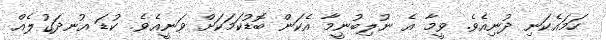
ހަމައެކަނި ދުނިއެވެ. ވީމާ އެ ނުލިބުނީމާ އެކަން ބޮޑުކަމަކަށް ވަނީއެވެ. ކުޑަ އުނދަގުލެއް